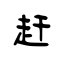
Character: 赶